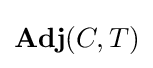
\mathbf {Adj} (C,T)